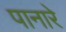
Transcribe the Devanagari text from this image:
पानारे